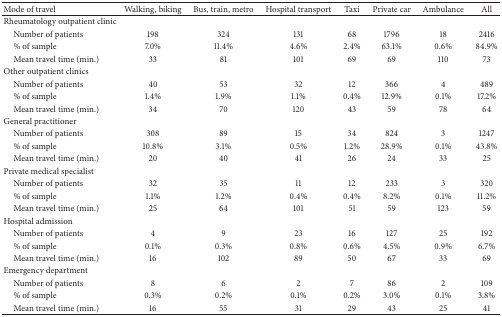
| Mode of travel | Walking, biking | Bus, train, metro | Hospital transport | Taxi | Private car | Ambulance | All |
 | --- | --- | --- | --- | --- | --- | --- | --- |
 | Rheumatology outpatient clinic |  |  |  |  |  |  |  |
 | Number of patients | 198 | 324 | 131 | 68 | 1796 | 18 | 2416 |
 | % of sample | 7.0% | 11.4% | 4.6% | 2.4% | 63.1% | 0.6% | 84.9% |
 | Mean travel time (min.) | 33 | 81 | 101 | 69 | 69 | 110 | 73 |
 | Other outpatient clinics |  |  |  |  |  |  |  |
 | Number of patients | 40 | 53 | 32 | 12 | 366 | 4 | 489 |
 | % of sample | 1.4% | 1.9% | 1.1% | 0.4% | 12.9% | 0.1% | 17.2% |
 | Mean travel time (min.) | 34 | 70 | 120 | 43 | 59 | 78 | 64 |
 | General practitioner |  |  |  |  |  |  |  |
 | Number of patients | 308 | 89 | 15 | 34 | 824 | 3 | 1247 |
 | % of sample | 10.8% | 3.1% | 0.5% | 1.2% | 28.9% | 0.1% | 43.8% |
 | Mean travel time (min.) | 20 | 40 | 41 | 26 | 24 | 33 | 25 |
 | Private medical specialist |  |  |  |  |  |  |  |
 | Number of patients | 32 | 35 | 11 | 12 | 233 | 3 | 320 |
 | % of sample | 1.1% | 1.2% | 0.4% | 0.4% | 8.2% | 0.1% | 11.2% |
 | Mean travel time (min.) | 25 | 64 | 101 | 51 | 59 | 123 | 59 |
 | Hospital admission |  |  |  |  |  |  |  |
 | Number of patients | 4 | 9 | 23 | 16 | 127 | 25 | 192 |
 | % of sample | 0.1% | 0.3% | 0.8% | 0.6% | 4.5% | 0.9% | 6.7% |
 | Mean travel time (min.) | 16 | 102 | 89 | 50 | 67 | 33 | 69 |
 | Emergency department |  |  |  |  |  |  |  |
 | Number of patients | 8 | 6 | 2 | 7 | 86 | 2 | 109 |
 | % of sample | 0.3% | 0.2% | 0.1% | 0.2% | 3.0% | 0.1% | 3.8% |
 | Mean travel time (min.) | 16 | 55 | 31 | 29 | 43 | 25 | 41 |